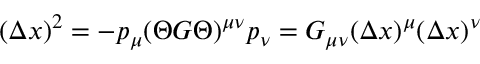
( \Delta x ) ^ { 2 } = - p _ { \mu } ( \Theta G \Theta ) ^ { \mu \nu } p _ { \nu } = G _ { \mu \nu } ( \Delta x ) ^ { \mu } ( \Delta x ) ^ { \nu }